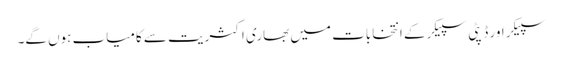
سپیکر اور ڈپٹی سپیکر کے انتخابات میں بھاری اکثریت سے کامیاب ہوں گے۔